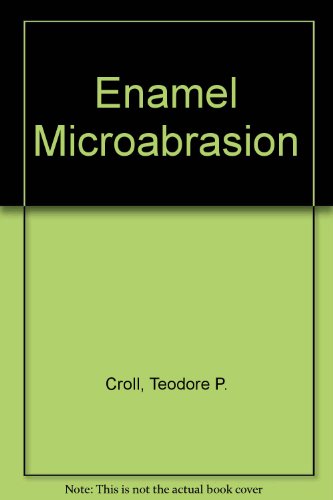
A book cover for Enamel Microabrasion; Theodore P. Croll; Medical Books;